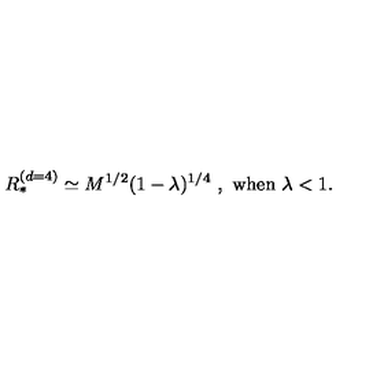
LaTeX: R _ { * } ^ { ( d = 4 ) } \simeq M ^ { 1 / 2 } ( 1 - \lambda ) ^ { 1 / 4 } \ , \ \mathrm { w h e n } \ \lambda < 1 .